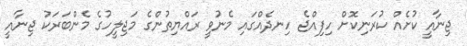
ޖިނާއީ ކުށެއް ކުރަނިކޮށް ހިފިއްޖެ ހިނދެއްގައި މެނުވީ ރައްޔިތުންގެ މަޖިލީހުގެ މެންބަރަކު ޖިނާއީ